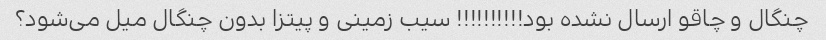
چنگال و چاقو ارسال نشده بود!!!!!!!!!! سیب زمینی و پیتزا بدون چنگال میل می‌شود؟